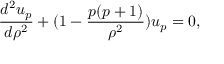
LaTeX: { \frac { d ^ { 2 } u _ { p } } { d \rho ^ { 2 } } } + ( 1 - { \frac { p ( p + 1 ) } { \rho ^ { 2 } } } ) u _ { p } = 0 ,